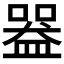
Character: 𥂍